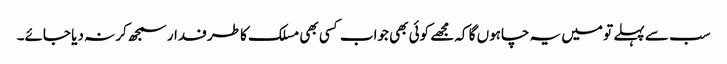
سب سے پہلے تو میں یہ چاہوں گا کہ مجھے کوئی بھی جواب کسی بھی مسلک کا طرفدار سمجھ کر نہ دیا جائے۔